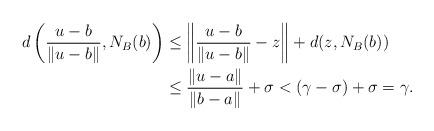
LaTeX: \begin{align*}d\left(\frac{u-b}{\|u-b\|},N_B(b)\right)&\le \left\|\frac{u-b}{\|u-b\|}-z\right\|+d(z,N_B(b))\\&\le \frac{\|u-a\|}{\|b-a\|}+ \sigma<(\gamma-\sigma)+\sigma=\gamma.\end{align*}